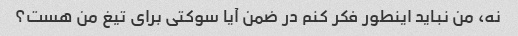
نه، من نباید اینطور فکر کنم در ضمن آیا سوکتی برای تیغ من هست؟